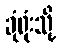
ခုံရုံးသို့